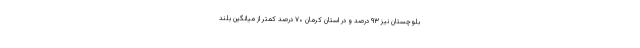
بلوچستان نیز ۹۳ درصد و در استان کرمان ۷۰ درصد کمتر از میانگین بلند